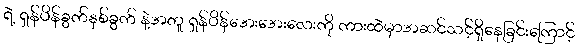
ရဲ့ ရှန်ပိန်ခွက်နှစ်ခွက် နဲ့အတူ ရှန်ပိန်အေးအေးလေးကို ကားထဲမှာအဆင်သင့်ရှိနေခြင်းကြောင့်